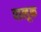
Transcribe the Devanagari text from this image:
वालूक